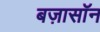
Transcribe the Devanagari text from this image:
बज़ासॉन